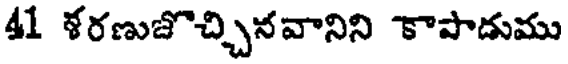
41 ళరణుజొచ్చినవానిని కాపాడుము